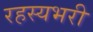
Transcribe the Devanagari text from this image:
रहस्यभरी